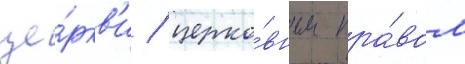
це́ркв'и / церко́вным пра́вом